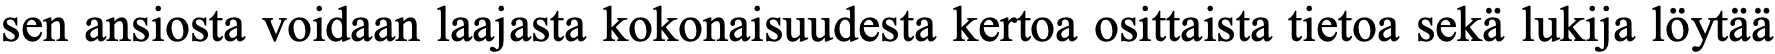
sen ansiosta voidaan laajasta kokonaisuudesta kertoa osittaista tietoa sekä lukija löytää